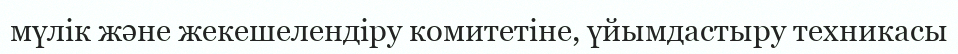
мүлік және жекешелендіру комитетіне, үйымдастыру техникасы